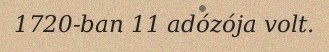
1720-ban 11 adózója volt.